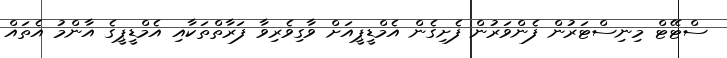
ސްޓޭޓް މިނިސްޓަރުން ފެންވަރުން ފެށިގެން އެމްޑީޕީއަށް ވާގިވެރިވާ ފަރާތްތަކާއި އެމްޑީޕީގެ އާންމު އެތައް